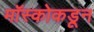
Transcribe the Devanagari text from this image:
मॉस्कोकडून